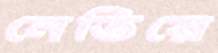
নেতিয়ে